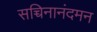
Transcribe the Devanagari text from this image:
सच्चिनानंदमन